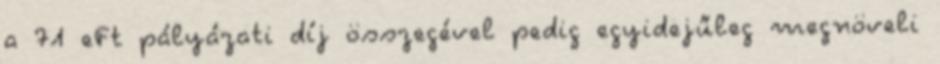
a 71 eFt pályázati díj összegével pedig egyidejűleg megnöveli